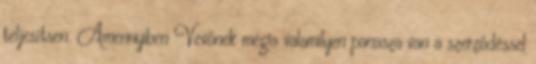
teljesítsen. Amennyiben Vevőnek mégis valamilyen panasza van a szerződéssel